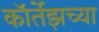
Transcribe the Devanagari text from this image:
कॉर्तेझच्या